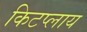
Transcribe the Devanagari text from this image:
किटप्लाय